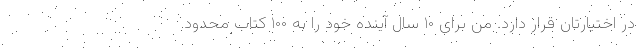
در اختیارتان قرار دارد. من برای ۱۰ سال آینده خود را به ۱۰۰ کتاب محدود